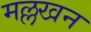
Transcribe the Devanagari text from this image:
मल्लखन